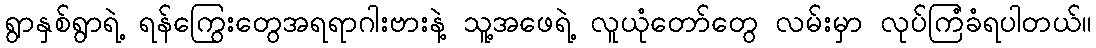
ရွာနှစ်ရွာရဲ့ ရန်ကြွေးတွေအရရာဂါးဗားနဲ့ သူ့အဖေရဲ့ လူယုံတော်တွေ လမ်းမှာ လုပ်ကြံခံရပါတယ်။